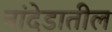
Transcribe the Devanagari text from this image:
नांदेडातील